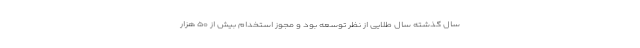
سال گذشته سال طلایی از نظر توسعه بود و مجوز استخدام بیش از ۵۰ هزار